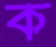
ক